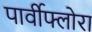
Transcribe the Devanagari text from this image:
पार्वीफ्लोरा